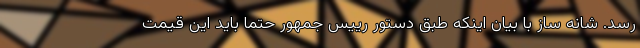
رسد. شانه ساز با بیان اینکه طبق دستور رییس جمهور حتما باید این قیمت